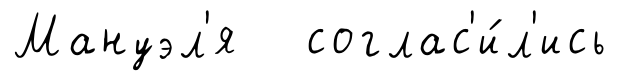
Мануэл'я соглас'и́л'ись